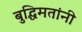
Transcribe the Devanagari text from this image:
बुद्धिमतांनी